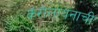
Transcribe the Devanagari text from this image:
कॅरोलायनाची